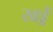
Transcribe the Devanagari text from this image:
खड्डें